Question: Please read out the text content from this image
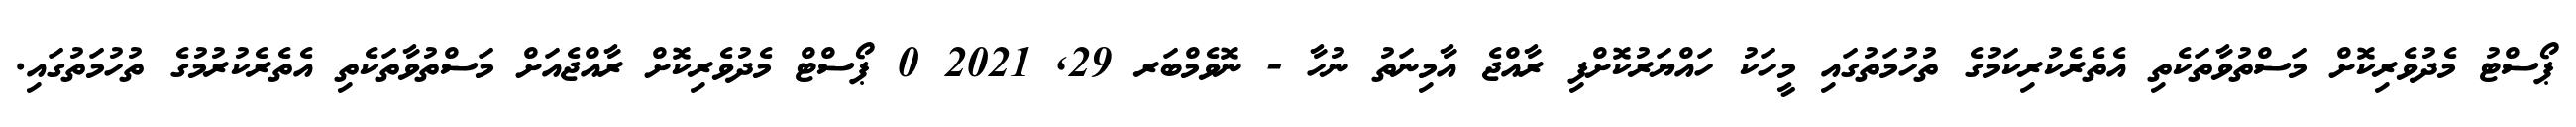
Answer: ޕޯސްޓު މެދުވެރިކޮށް މަސްތުވާތަކެތި އެތެރެކުރިކަމުގެ ތުހުމަތުގައި މީހަކު ހައްޔަރުކޮށްފި ރާއްޖެ އާމިނަތު ނުހާ - ނޮވެމްބަރ 29, 2021 0 ޕޯސްޓް މެދުވެރިކޮށް ރާއްޖެއަށް މަސްތުވާތަކެތި އެތެރެކުރުމުގެ ތުހުމަތުގައި.